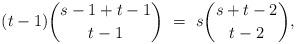
LaTeX: \begin{align*}(t-1)\binom{s-1+t-1}{t-1}\ =\ s\binom{s+t-2}{t-2},\end{align*}